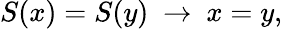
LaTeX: S(x)=S(y)~\to~x=y,